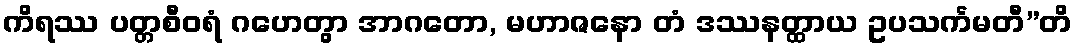
ကိရဿ ပတ္တစီဝရံ ဂဟေတွာ အာဂတော, မဟာဇနော တံ ဒဿနတ္ထာယ ဥပသင်္ကမတီ”တိ